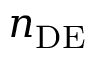
n _ { \mathrm { D E } }